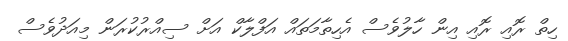
ހިތް ރޮއި ރޮއި އިން ހާލުވެސް އެހިތާމަތައް އަފްލާކް އަށް ސިއްރުކުރަން މިއަދުވެސް